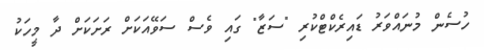
ހުސެން މުނައްވަރު ޑައިރެކްޓްކުރި "ސަޒާ" ގައި ވެސް ސަވޭއަކަށް ރަށަކަށް ދާ މީހަކު